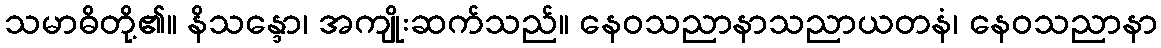
သမာဓိတို့၏။ နိသန္ဒော၊ အကျိုးဆက်သည်။ နေဝသညာနာသညာယတနံ၊ နေဝသညာနာ